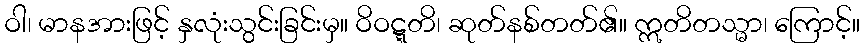
ဝါ၊ မာနအားဖြင့် နှလုံးသွင်းခြင်းမှ။ ဝိဝဋ္ဋတိ၊ ဆုတ်နစ်တတ်၏။ ဣတိတသ္မာ၊ ကြောင့်။